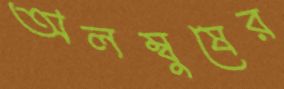
অলম্বুষের